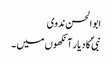
ابو الحسن ندوی
نبیؐ کا دیار آنکھوں میں ۔